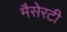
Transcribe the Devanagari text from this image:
मैसेरटी